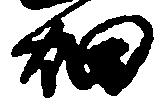
畑